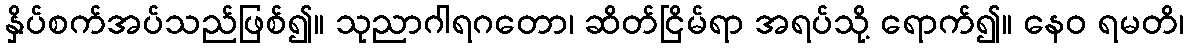
နှိပ်စက်အပ်သည်ဖြစ်၍။ သုညာဂါရဂတော၊ ဆိတ်ငြိမ်ရာ အရပ်သို့ ရောက်၍။ နေဝ ရမတိ၊